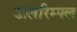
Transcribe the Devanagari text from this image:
डालरिम्पल